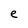
Character: e